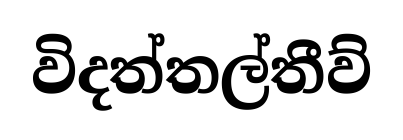
විදත්තල්තීව්